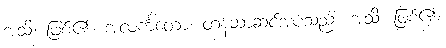
အသိ၊ ဖြစ်၏။ အလင်္ကတော၊ တန်ဆာဆင်အပ်သည်။ အသိ၊ ဖြစ်၏။